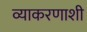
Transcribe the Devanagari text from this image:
व्याकरणाशी